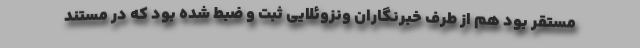
مستقر بود هم از طرف خبرنگاران ونزوئلایی ثبت و ضبط شده بود که در مستند